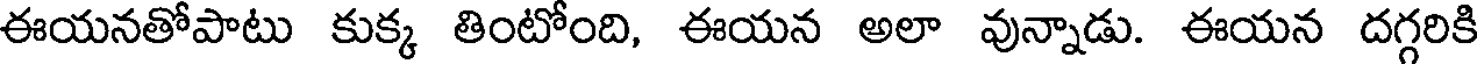
ఈయనతోపాటు కుక్క తింటోంది, ఈయన అలా వున్నాడు. ఈయన దగ్గరికి